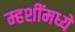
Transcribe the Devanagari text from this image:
म्हशींमध्ये